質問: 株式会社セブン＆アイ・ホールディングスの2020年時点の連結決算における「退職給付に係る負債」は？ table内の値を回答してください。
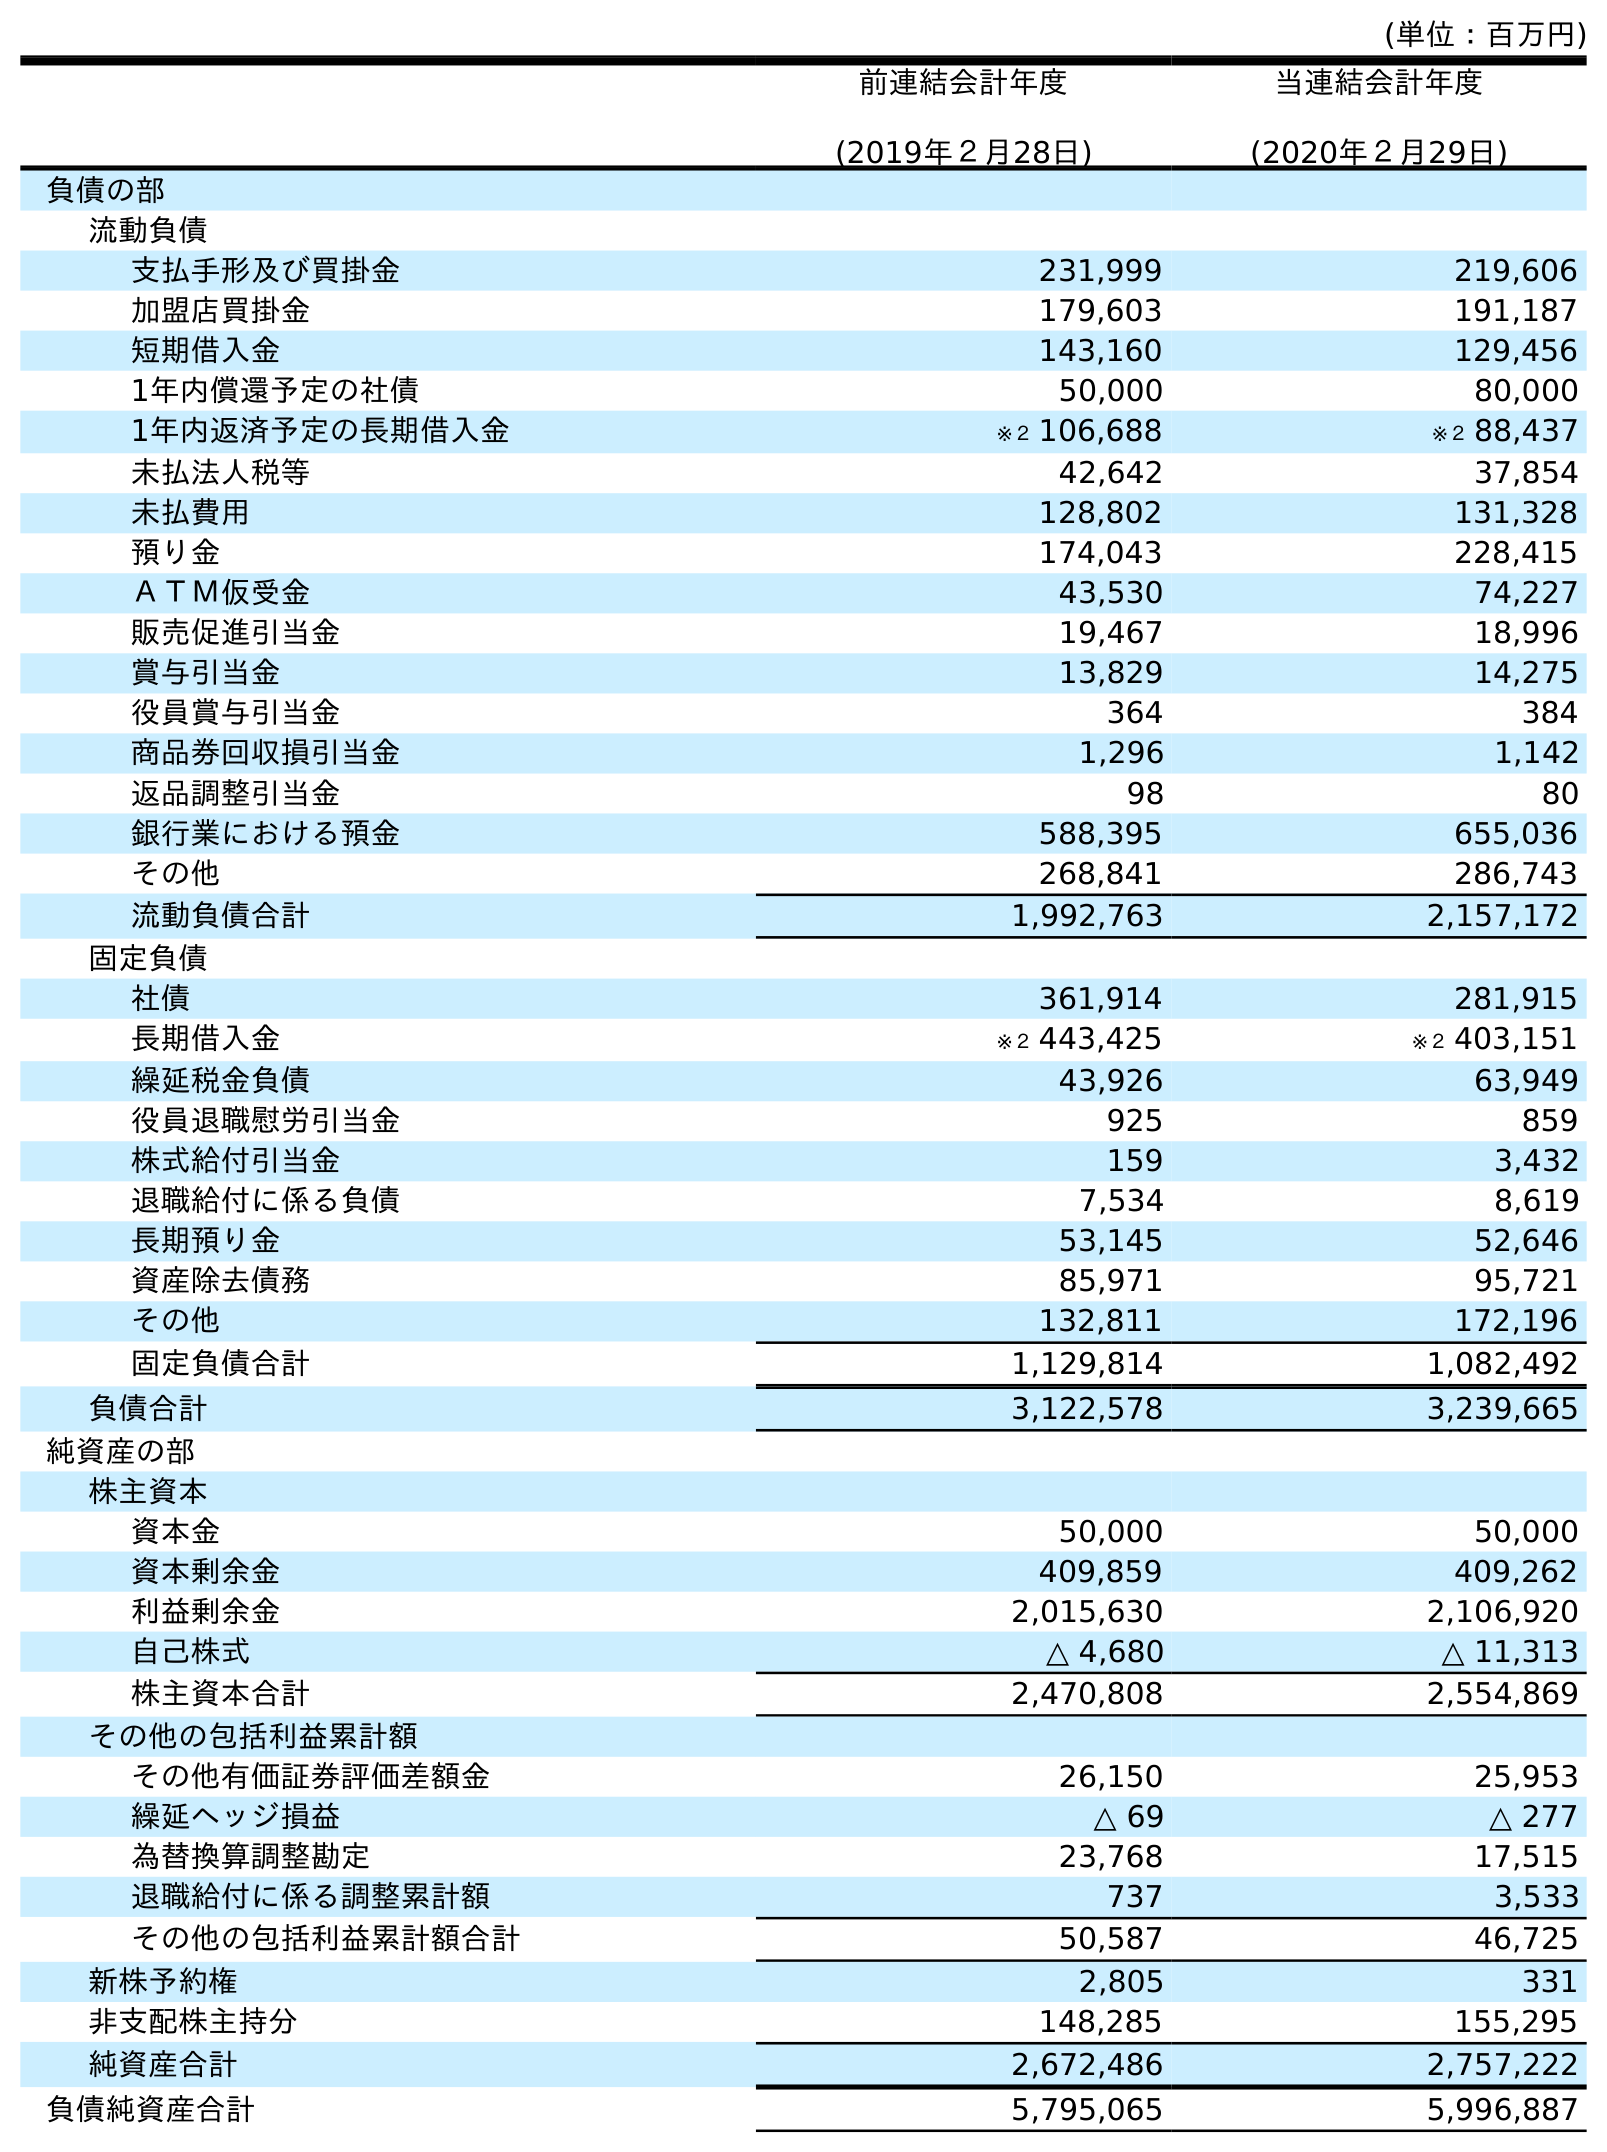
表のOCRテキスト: (単位：百万円) 前連結会計年度 (2019年２月28日) 当連結会計年度 (2020年２月29日) 負債の部 流動負債 支払手形及び買掛金 231,999 219,606 加盟店買掛金 179,603 191,187 短期借入金 143,160 129,456 1年内償還予定の社債 50,000 80,000 1年内返済予定の長期借入金 ※２ 106,688 ※２ 88,437 未払法人税等 42,642 37,854 未払費用 128,802 131,328 預り金 174,043 228,415 ＡＴＭ仮受金 43,530 74,227 販売促進引当金 19,467 18,996 賞与引当金 13,829 14,275 役員賞与引当金 364 384 商品券回収損引当金 1,296 1,142 返品調整引当金 98 80 銀行業における預金 588,395 655,036 その他 268,841 286,743 流動負債合計 1,992,763 2,157,172 固定負債 社債 361,914 281,915 長期借入金 ※２ 443,425 ※２ 403,151 繰延税金負債 43,926 63,949 役員退職慰労引当金 925 859 株式給付引当金 159 3,432 退職給付に係る負債 7,534 8,619 長期預り金 53,145 52,646 資産除去債務 85,971 95,721 その他 132,811 172,196 固定負債合計 1,129,814 1,082,492 負債合計 3,122,578 3,239,665 純資産の部 株主資本 資本金 50,000 50,000 資本剰余金 409,859 409,262 利益剰余金 2,015,630 2,106,920 自己株式 △ 4,680 △ 11,313 株主資本合計 2,470,808 2,554,869 その他の包括利益累計額 その他有価証券評価差額金 26,150 25,953 繰延ヘッジ損益 △ 69 △ 277 為替換算調整勘定 23,768 17,515 退職給付に係る調整累計額 737 3,533 その他の包括利益累計額合計 50,587 46,725 新株予約権 2,805 331 非支配株主持分 148,285 155,295 純資産合計 2,672,486 2,757,222 負債純資産合計 5,795,065 5,996,887
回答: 8,619